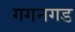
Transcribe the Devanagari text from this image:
गगनगड